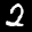
Label: 2